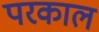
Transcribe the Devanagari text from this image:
परकाल